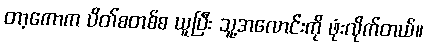
တာ့ကောက ပိတ်စတစ်စ ယူပြီး သူ့အလောင်းကို ဖုံးလိုက်တယ်။